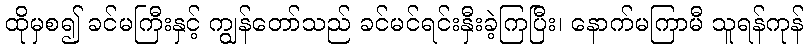
ထိုမှစ၍ ခင်မကြီးနှင့် ကျွန်တော်သည် ခင်မင်ရင်းနှီးခဲ့ကြပြီး၊ နောက်မကြာမီ သူရန်ကုန်